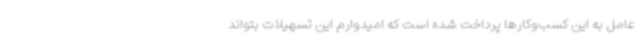
عامل به این کسب‌وکارها پرداخت شده است که امیدوارم این تسهیلات بتواند